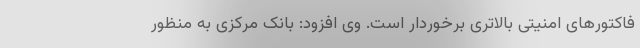
فاکتورهای امنیتی بالاتری برخوردار است. وی افزود: بانک مرکزی به منظور